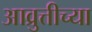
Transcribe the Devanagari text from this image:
आव्रुत्तीच्या